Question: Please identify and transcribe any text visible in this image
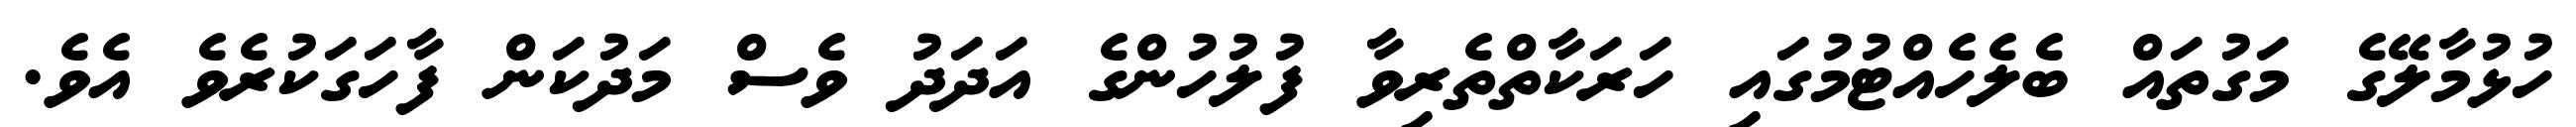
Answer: ހުޅުމާލޭގެ މަގުތައް ބެލެހެއްޓުމުގައި ހަރަކާތްތެރިވާ ފުލުހުންގެ އަދަދު ވެސް މަދުކަން ފާހަގަކުރެވެ އެވެ.